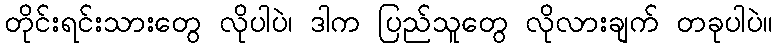
တိုင်းရင်းသားတွေ လိုပါပဲ၊ ဒါက ပြည်သူတွေ လိုလားချက် တခုပါပဲ။